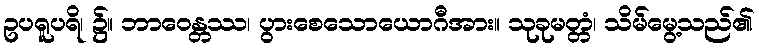
ဥပရူပရိ၊ ၌။ ဘာဝေန္တဿ၊ ပွားစေသောယောဂီအား။ သုခုမတ္တံ၊ သိမ်မွေ့သည်၏